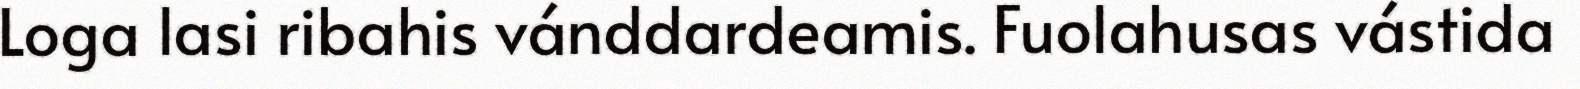
Loga lasi ribahis vánddardeamis. Fuolahusas vástida